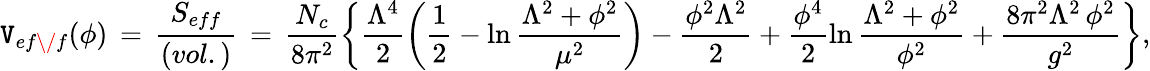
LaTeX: \mathtt{V}_{ef\/ f}(\phi)\, =\, \frac{{S_{eff}}}{{(vol.)}}\, =\, \frac{{N_{c}}}{{8\pi^{2}}}\left\{ \frac{{\Lambda^{4}}}{{2}}\left({\frac{{1}}{{2}}}-\ln\frac{{\Lambda^{2}+\phi^{2}}}{{\mu^{2}}}\right)-\frac{{\phi^{2}\Lambda^{2}}}{{2}}+\frac{{\phi^{4}}}{{2}}\ln\frac{{\Lambda^{2}+\phi^{2}}}{{\phi^{2}}}+\frac{{8\pi^{2}\Lambda^{2}\, \phi^{2}}}{{g^{2}}}\right\} ,